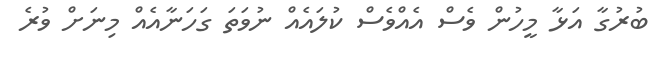
ބުރުގާ އަޅާ މީހުން ވެސް އެއްވެސް ކުލައެއް ނުވަތަ ގަހަނާއެއް މިނަށް ވުރެ